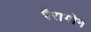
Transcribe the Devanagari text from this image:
पैरागोन